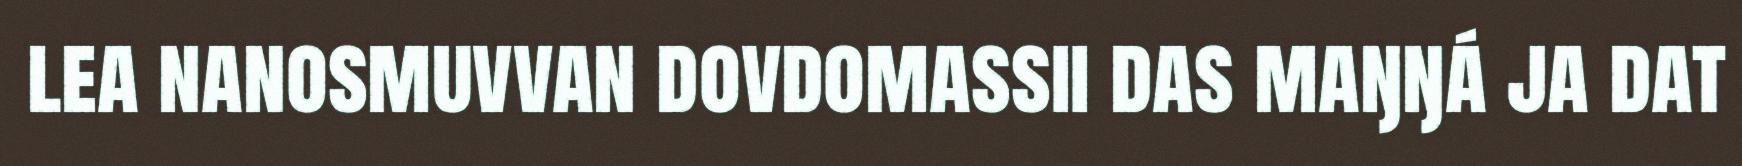
lea nanosmuvvan dovdomassii das maŋŋá ja dat